Report on the working of the mental hospitals for Indians in Bihar and Orissa - 1925-1929
Year: 1925
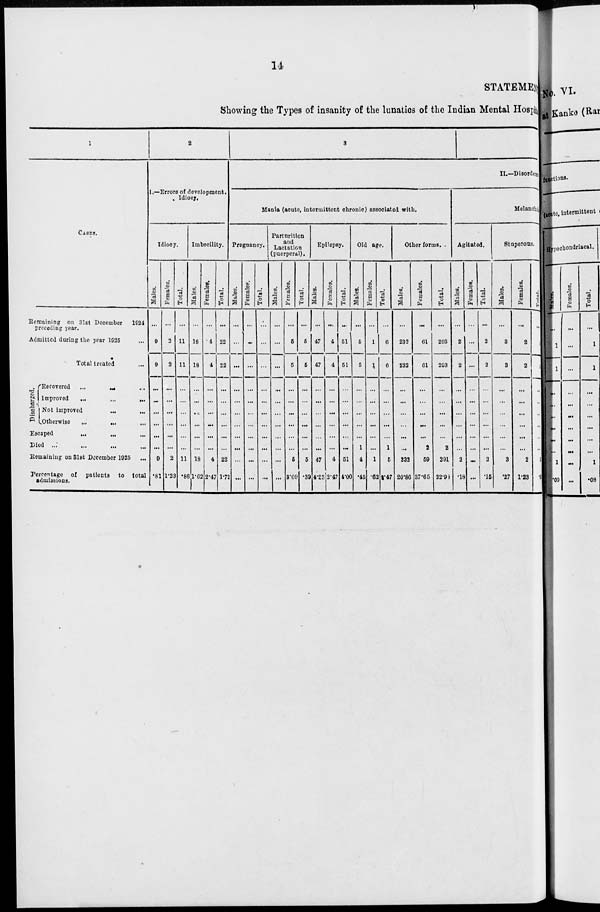
14
STATEMEN
Showing the Types of insanity of the lunatics of the Indian Mental Hospita
1
CASES.
Remaining on 31st December 1924
preceding year.
Admitted during the year 1925 ...
Total treated ...
Discharged.
Recovered
...
...
...
Improved
...
...
...
Not improved
...
...
Otherwise
...
...
...
Escaped ... ... ...
Died
...
...
...
...
Remaining on 31st December 1925 ...
Percentage of patients to total
admissions.
2
I.—Errors of development.
Idiocy.
Idiocy.
Males.
...
9
9
...
...
...
...
...
...
9
.81
Females.
...
2
2
...
...
...
...
...
...
2
1.23
Total.
...
11
11
...
...
...
...
...
...
11
.86
Imbecility.
Males.
...
18
18
...
...
...
...
...
...
18
1.62
Females.
...
4
4
...
...
...
...
...
...
4
2.47
Total.
...
22
22
...
...
...
...
...
...
22
1.72
3
II.—Disorder
Mania (acute, intermittent chronic) associated with.
Pregnancy.
Males.
...
...
...
...
...
...
...
...
...
...
...
Females.
...
...
...
...
...
...
...
...
...
...
...
Total.
...
...
...
...
...
...
...
...
...
...
...
Partnrition
and
Lactation
(puerperal).
Males.
...
...
...
...
...
...
...
...
...
...
Females.
...
5
5
...
...
...
...
...
...
5
3.09
Total.
...
5
5
...
...
...
...
...
5
.39
Epilepsy.
Males.
...
47
47
...
...
...
...
...
...
47
4.23
Females.
...
4
4
...
...
...
...
...
...
4
2.47
Total.
...
51
51
...
...
...
...
...
...
51
4.00
Old age.
Males.
...
5
5
...
...
...
...
...
1
4
.45
Females.
...
1
1
...
...
...
...
...
...
1
.62
Total.
...
6
6
...
...
...
...
...
1
5
1.47
Other forms.
Males.
...
232
232
...
...
...
...
...
...
232
20.86
Females.
...
61
61
...
...
...
...
...
2
59
37.65
Total.
...
293
293
...
...
...
...
...
2
291
22.98
Melanch
Agitated.
Males.
...
2
2
...
...
...
...
...
...
2
.18
Females.
...
...
...
...
...
...
...
...
...
...
...
Total.
...
2
2
...
...
...
...
...
...
2
.15
Stuperous.
Males.
...
3
3
...
...
...
...
...
...
3
.27
Females.
...
2
2
...
...
...
...
...
...
2
1.23
Total.
...
5
5
...
...
...
...
...
...
5
...